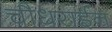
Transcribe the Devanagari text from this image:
चौधराईन